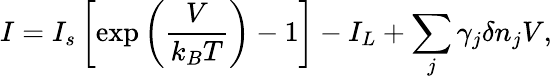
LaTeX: I=I_{s}\left[\exp\left(\frac{V}{k_{B}T}\right)-1\right]-I_{L}+\sum_{j}\gamma_{j}\delta n_{j}V,